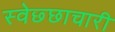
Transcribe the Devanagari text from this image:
स्वेछ्छाचारी